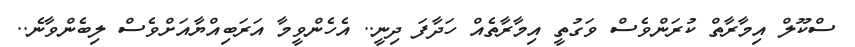
ސްކޫލް އިމާރާތް ކުރަންވެސް ވަގުތީ އިމާރާތެއް ހަދާފަ ދިނީ.. އެހެންވީމާ އަރަބިއްޔާއަށްވެސް ލިބެންވާނެ..